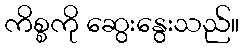
ကိစ္စကို ဆွေးနွေးသည်။